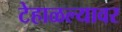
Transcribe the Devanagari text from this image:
टेहाळल्यावर